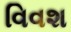
વિવશ